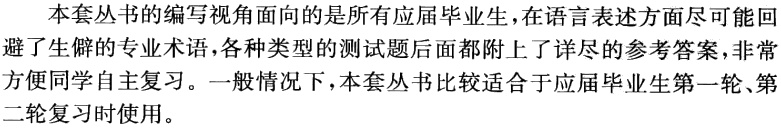
本套丛书的编写视角面向的是所有应届毕业生,在语言表述方面尽可能回避了生僻的专业术语,各种类型的测试题后面都附上了详尽的参考答案,非常方便同学自主复习。一般情况下,本套丛书比较适合于应届毕业生第一轮、第二轮复习时使用。